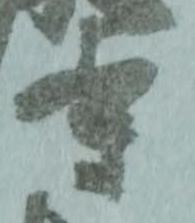
寺